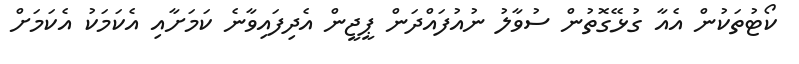
ކޯޓުތަކުން އެއާ ގުޅޭގޮތުން ސުވާލު ނުއުފައްދަން ޕީޖީން އެދިފައިވާނެ ކަމަށާއި އެކަމަކު އެކަމަށް